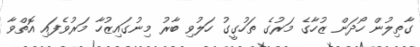
ގާތިލުން ހޯދަން ޒުހާގެ މަރުގެ ތަހުގީގު ހަލުވި ބާރު މިނުގައިޒުހާ މަރުވެފައި އޮތްވާ